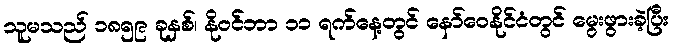
သူမသည် ၁၈၅၉ ခုနှစ်၊ နိုဝင်ဘာ ၁၁ ရက်နေ့တွင် နော်ဝေနိုင်ငံတွင် မွေးဖွားခဲ့ပြီး